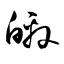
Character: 皦